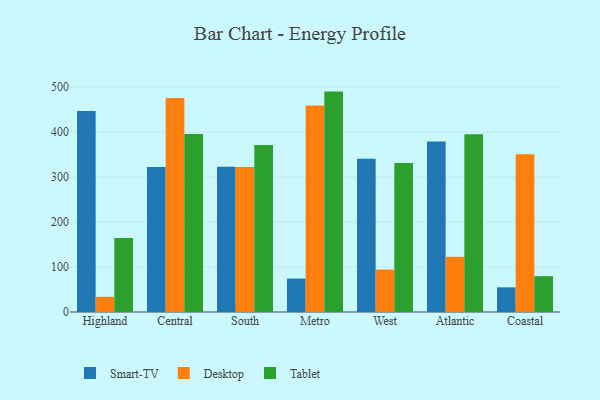
{"axis": {"x": "Region", "y": "Customer Acquisition Cost (USD)"}, "legend": ["Desktop", "Smart-TV", "Tablet"], "data": [{"x": "Highland", "y": 447.1, "type": "Smart-TV"}, {"x": "Highland", "y": 33.8, "type": "Desktop"}, {"x": "Highland", "y": 164.6, "type": "Tablet"}, {"x": "Central", "y": 322.6, "type": "Smart-TV"}, {"x": "Central", "y": 475.6, "type": "Desktop"}, {"x": "Central", "y": 395.6, "type": "Tablet"}, {"x": "South", "y": 322.9, "type": "Smart-TV"}, {"x": "South", "y": 322.2, "type": "Desktop"}, {"x": "South", "y": 371.4, "type": "Tablet"}, {"x": "Metro", "y": 74.4, "type": "Smart-TV"}, {"x": "Metro", "y": 458.9, "type": "Desktop"}, {"x": "Metro", "y": 490.0, "type": "Tablet"}, {"x": "West", "y": 340.6, "type": "Smart-TV"}, {"x": "West", "y": 94.3, "type": "Desktop"}, {"x": "West", "y": 331.4, "type": "Tablet"}, {"x": "Atlantic", "y": 379.2, "type": "Smart-TV"}, {"x": "Atlantic", "y": 122.9, "type": "Desktop"}, {"x": "Atlantic", "y": 395.2, "type": "Tablet"}, {"x": "Coastal", "y": 54.8, "type": "Smart-TV"}, {"x": "Coastal", "y": 350.5, "type": "Desktop"}, {"x": "Coastal", "y": 79.6, "type": "Tablet"}]}